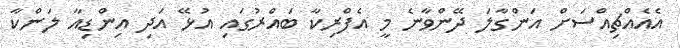
އެއެއްޗިއްސަށް އަންގާލަ ދޭންވާނެ މީ އެފްރިކާ ބައްރުގައި އުޅޭ އަދި އިންޑިއާ ލަންކާ